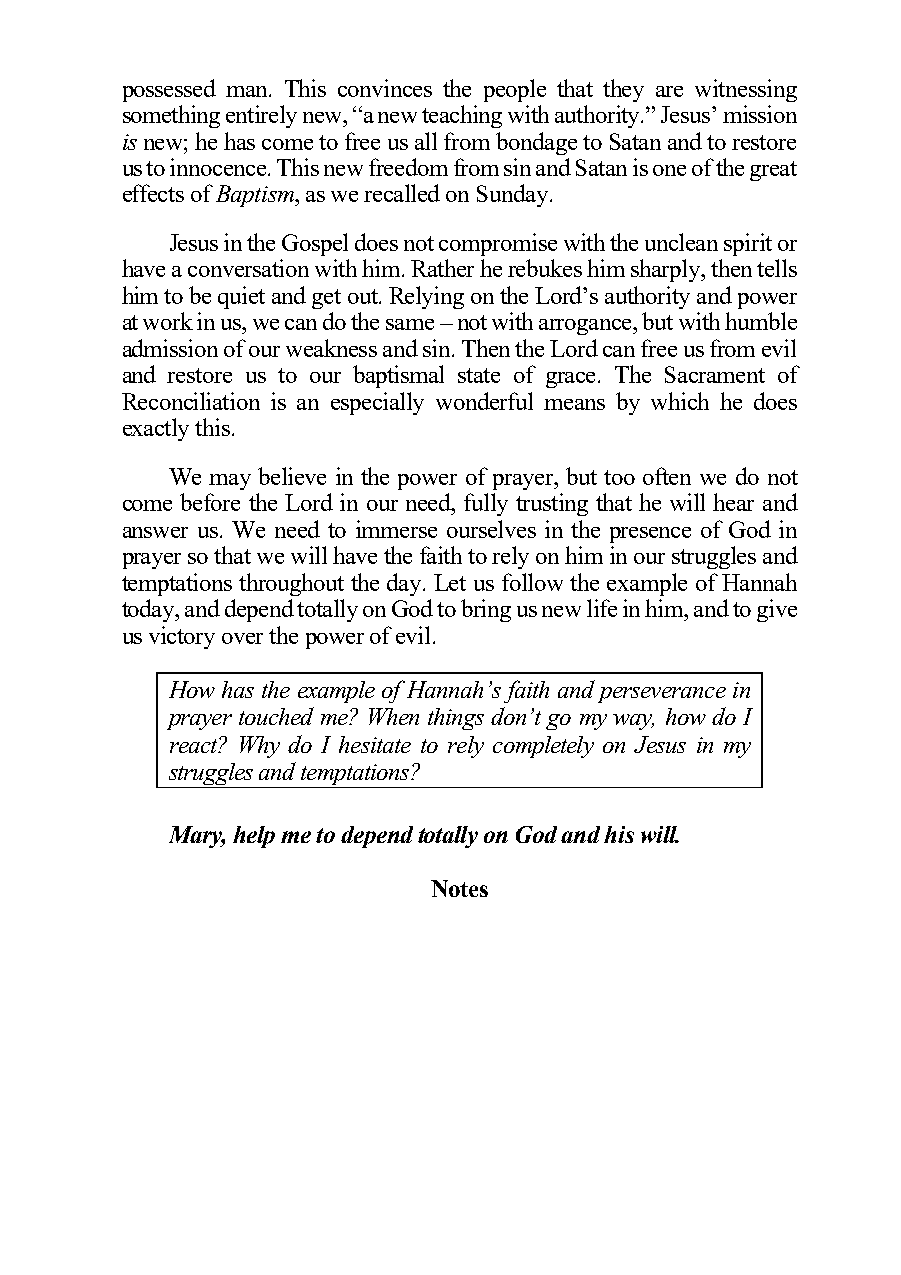
possessed man. This convinces the people that they are witnessing
 something entirely new, “a new teaching with authority.” Jesus’ mission
 is new; he has come to free us all from bondage to Satan and to restore
 us to innocence. This new freedom from sin and Satan is one of the great
 effects of Baptism, as we recalled on Sunday.
 Jesus in the Gospel does not compromise with the unclean spirit or
 have a conversation with him. Rather he rebukes him sharply, then tells
 him to be quiet and get out. Relying on the Lord’s authority and power
 at work in us, we can do the same – not with arrogance, but with humble
 admission of our weakness and sin. Then the Lord can free us from evil
 and restore us to our baptismal state of grace. The Sacrament of
 Reconciliation is an especially wonderful means by which he does
 exactly this.
 We may believe in the power of prayer, but too often we do not
 come before the Lord in our need, fully trusting that he will hear and
 answer us. We need to immerse ourselves in the presence of God in
 prayer so that we will have the faith to rely on him in our struggles and
 temptations throughout the day. Let us follow the example of Hannah
 today, and depend totally on God to bring us new life in him, and to give
 us victory over the power of evil.
 How has the example of Hannah’s faith and perseverance in
 prayer touched me? When things don’t go my way, how do I
 react? Why do I hesitate to rely completely on Jesus in my
 struggles and temptations?
 Mary, help me to depend totally on God and his will.
 Notes